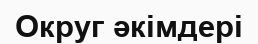
Округ әкімдері